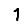
Digit: 1